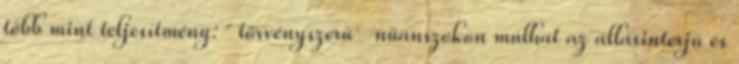
több mint teljesítmény: ˝törvényszerű˝ nüanszokon múlhat az állásinterjú és